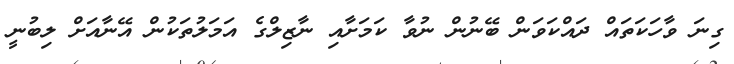
ގިނަ ވާހަކަތައް ދައްކަވަން ބޭނުން ނުވާ ކަމަށާއި ނާޒިލްގެ އަމަލުތަކުން އޭނާއަށް ލިބުނީ